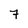
Character: 7